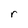
Character: r